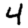
Digit: 4